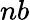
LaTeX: nb